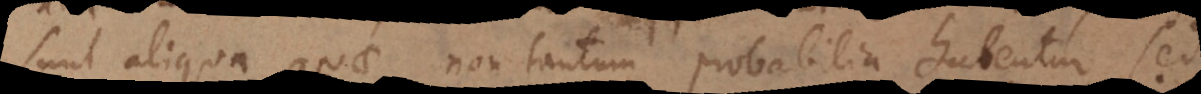
sunt aliqua quae non tantum probabilia habentur, sed